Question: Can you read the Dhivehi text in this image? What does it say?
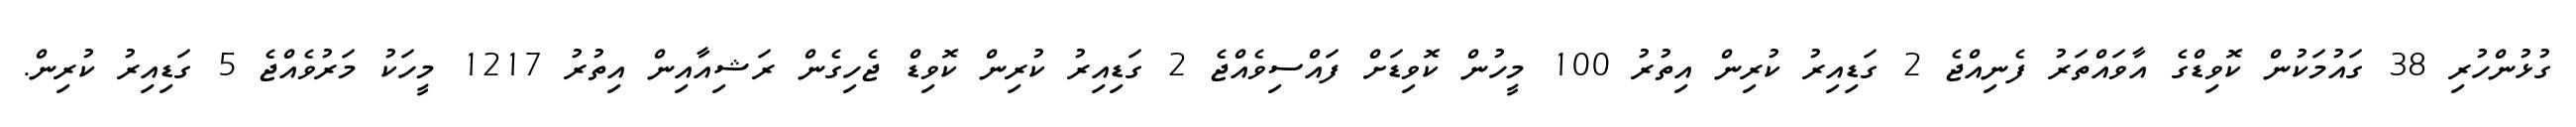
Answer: ގުޅުންހުރި 38 ގައުމަކުން ކޮވިޑްގެ އާވައްތަރު ފެނިއްޖެ 2 ގަޑިއިރު ކުރިން އިތުރު 100 މީހުން ކޮވިޑަށް ފައްސިވެއްޖެ 2 ގަޑިއިރު ކުރިން ކޮވިޑް ޖެހިގެން ރަޝިއާއިން އިތުރު 1217 މީހަކު މަރުވެއްޖެ 5 ގަޑިއިރު ކުރިން.